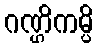
ဂဏ္ဌိကမ္ပိ